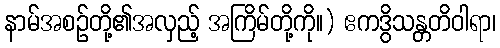
နာမ်အစဉ်တို့၏အလှည့် အကြိမ်တို့ကို။) ဧကဒွိသန္တတိဝါရာ၊